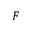
F